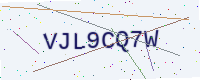
Text: VJL9CQ7W